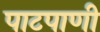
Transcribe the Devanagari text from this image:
पाटपाणी